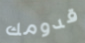
قدومك